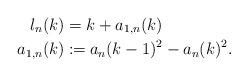
LaTeX: \begin{align*} l_n(k)&=k+a_{1,n}(k)\\ a_{1,n}(k)&\coloneqq a_n(k-1)^2-a_n(k)^2.\end{align*}